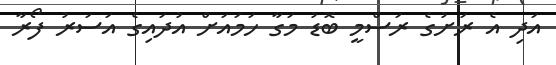
އަދި އެ ރަށުގެ ރަސްމީ ބޮޑު މަގާ ހަމައަށް އުދައިގެ އަސަރު ފޯރާ